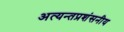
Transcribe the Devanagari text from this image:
अत्यन्तप्रशंसनीय